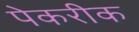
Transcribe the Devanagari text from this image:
पेकरीक